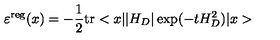
\varepsilon ^ { \mathrm { r e g } } ( x ) = - \frac { 1 } { 2 } \mathrm { t r } < x | | H _ { D } | \exp ( - t H _ { D } ^ { 2 } ) | x >